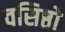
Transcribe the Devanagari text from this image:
वसिष्ठो